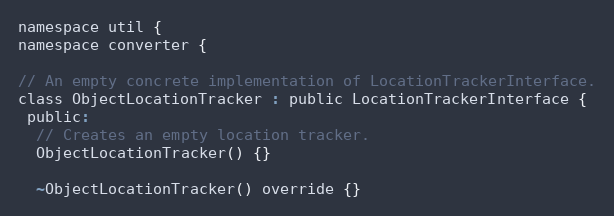
Language: C
namespace util {
namespace converter {

// An empty concrete implementation of LocationTrackerInterface.
class ObjectLocationTracker : public LocationTrackerInterface {
 public:
  // Creates an empty location tracker.
  ObjectLocationTracker() {}

  ~ObjectLocationTracker() override {}